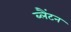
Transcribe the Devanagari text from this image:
ब्लैंटन